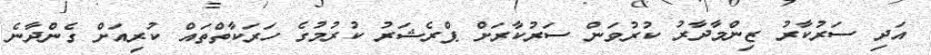
އަދި ސަރުކާރު ޒިންމާދާރު ކުރުވަން ސަރުކާރަށް ޕްރެޝަރު ކުރުމުގެ ހަރަކާތްތައް ކުރިއަށް ގެންދާނެ